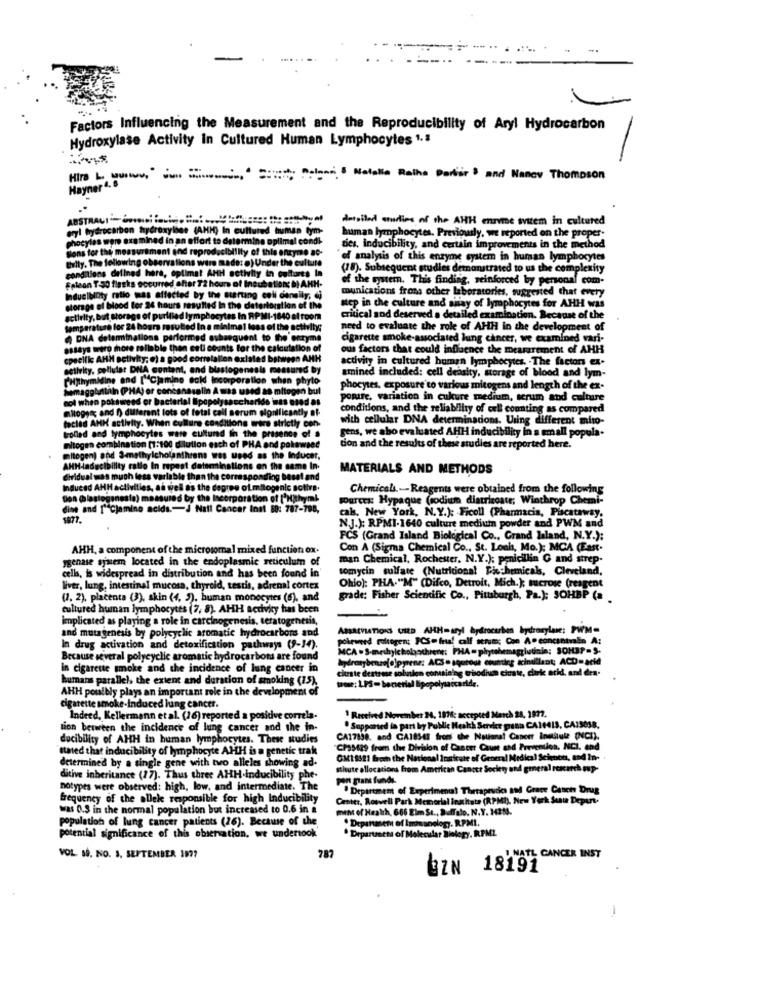
Factors Influencing the Measurement and the Reproducibility of Aryl Hydrocarbon
Hydroxylase Activity in Cultured Human Lymphocytes 1.ª
Hir ----=-=
: Del -- Natalia Ratha Partir . and Nancy Thompson
Hayner 4. 6
AUSTRALI ======
detailed curies of the AHH ennie wiem in cultured
eryl hydrocarbon hydroxyline (AMM)
human lymphocytes. Previously, we reported on the proper.
phocytes wore examined in an effort t
Sons for the measurement and reprod
dies, inducibility, and certain improvements in the method
Billy. The following observations wire
of analysis of this enzyme system in human lymphocytes
conditions delined here, optimal AH
(18). Subsequent studies demonstrated to us the complexity
of the systemn. This finding, reinforced by personal com-
Felean T.50 flasks occurred after 72 ho
munications frons other laboratories, suggested that every
Inducibinty ratio was affected by the
duelbinty
storage el blood for 24 hours resulted
step in the culture and shay of lymphocytes for AHH was
critical and deserved a detailed examination. Because of the
need to evaluate the role of AHH in the development of
cigarette smoke-associated lung cancer, we examined vari-
ous factors that could influence the meararement of AHH
activity in cultured human lymphocytes. . The factors ex.
, and
amined included: cell density, storage of blood and lym-
phocytes, exposure to various mitogens and length of the ex-
portfe, variation in cukure medium, serum and culture
il serum
conditions, and the reliability of cell counting as compared
with cellular DNA determinadons. Using different mito-
jens, we abo evaluated AHH inducibility in a small popula-
n (1:100 dilution each of
tion and the results of these studies are reported here.
Thylcholanthrens wes u
lo In rpest determina !!
MATERIALS AND METHODS
sa variable than the core
les, as well as the depres
Chemicals .- - Reagents were obtained from the following
measured by the Incorp
sources: Hypaque (sodium distrizoate; Winthrop Chemi-
o acids .- J Nall Canc
cabs. New York, N.Y.); Ficoll (Pharmacia, Piscataway.
NJ.); RPMI-1640 culture medium powder and PWM and
FCS (Grand Island Biological Co ., Grand Island, N.Y.);
AHH, a component of the microsomal mixed function ox.
Con A (Sigma Chemical Co ., St. Louis, Mo.): MCA (East.
ygenase system located in the endoplasmic reticulum of
man Chemical, Rochester, N.Y.); penicillin G and strep-
cells, is widespread in distribution and has been found in'
tomycin sulfate (Nutricional Ficchemicals, Cleveland,
liver, lung, intestinal mucosa, thyroid, testis, adrenal cortex
Ohio): PHA."M" (Difco, Detroit, Mich.); sucrose (reagent
(2. 2), placenta (3), skin (4, 5), human monocytes (6), and
grade: Fisher Scientific Co ., Pittsburgh, Pa.); SOHBP (a
cultured human lymphocytes (7, 8). AHH sedvity has been
implicated as playing a role in carcinogenesis, teratogenesis,
and mutagenesis by polycyclic aromatic hydrocarbons and
ABBREVIATIONS UID AHH-aryl hydrocarbon hydroxylase; PWM=
poleweed moltogen; ICS- fra! calf serum; Con A. concintaalin A:
In drug activation and detoxification pathways (9-34).
MCA . S-meshyicholochrene: PHA = phytehemagglutinin; SOHBP=S-
Because several polycyclic aromatic hydrocarbons are found
In cigarette smoke and the incidence of lung cancer in
Citrate dextrose solunien comsining whodie ciate, clark acid, and dra-
humans parallel, the extent and duration of smoking (75).
trose: 1.PS- bacterial Spopolysaccaride.
AHH possibly plays an important role in the development of
cigarette smoke-Induced lung cancer.
Indeed, Kellermann et al. (16) reported a positive correla-
" Received November 24, 1876; accepted March 24, 1972.
tion between the incidence of lung cancer and the in-
.Supported in part by Public Health Service presa CA14413, CA15038.
ducibility of AHH in human lymphocytes. These studies
CA17830, and CA18542 from the National Cancer Institute (NCI).
stated that inducibility of lymphocyte AHH is a genetic trak
CP35429 frem the Division of Cancer Cause and Preventles, NCI. end
GM18521 from the National Institute of General Medical Sciences, and In-
determined by a single gene with two alleles showing ad.
stheute allocations from American Cancer Society and general rescarch map-
ditive inheritance (27). Thus three AHH-Inducibility phe-
pen pans funds.
notypes were observed: high, low, and intermediate. The
Department of Experiment Theraptudo and Grace Catch Drug
frequency of the alleke responsible for high Inducibility
Center, Roswell Park Memorial institute (RPMI), New York Suu Deper-
wat 0.3 in the normal population but increased to 0.6 in a
ment of Health, 666 Eim St ., Buffalo. N.Y. 3253.
population of lung cancer patients (26). Because of the
. Department of Immunology. RPML.
. Department of Molecular Biology, RPML
potential significance of this observation, we undertook
VOL M. NO. 3. SEPTEMBER 1977
787
NAT2 GANGER INST
UZN 18191